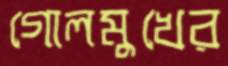
গোলমুখের